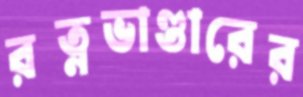
রত্নভাণ্ডারের